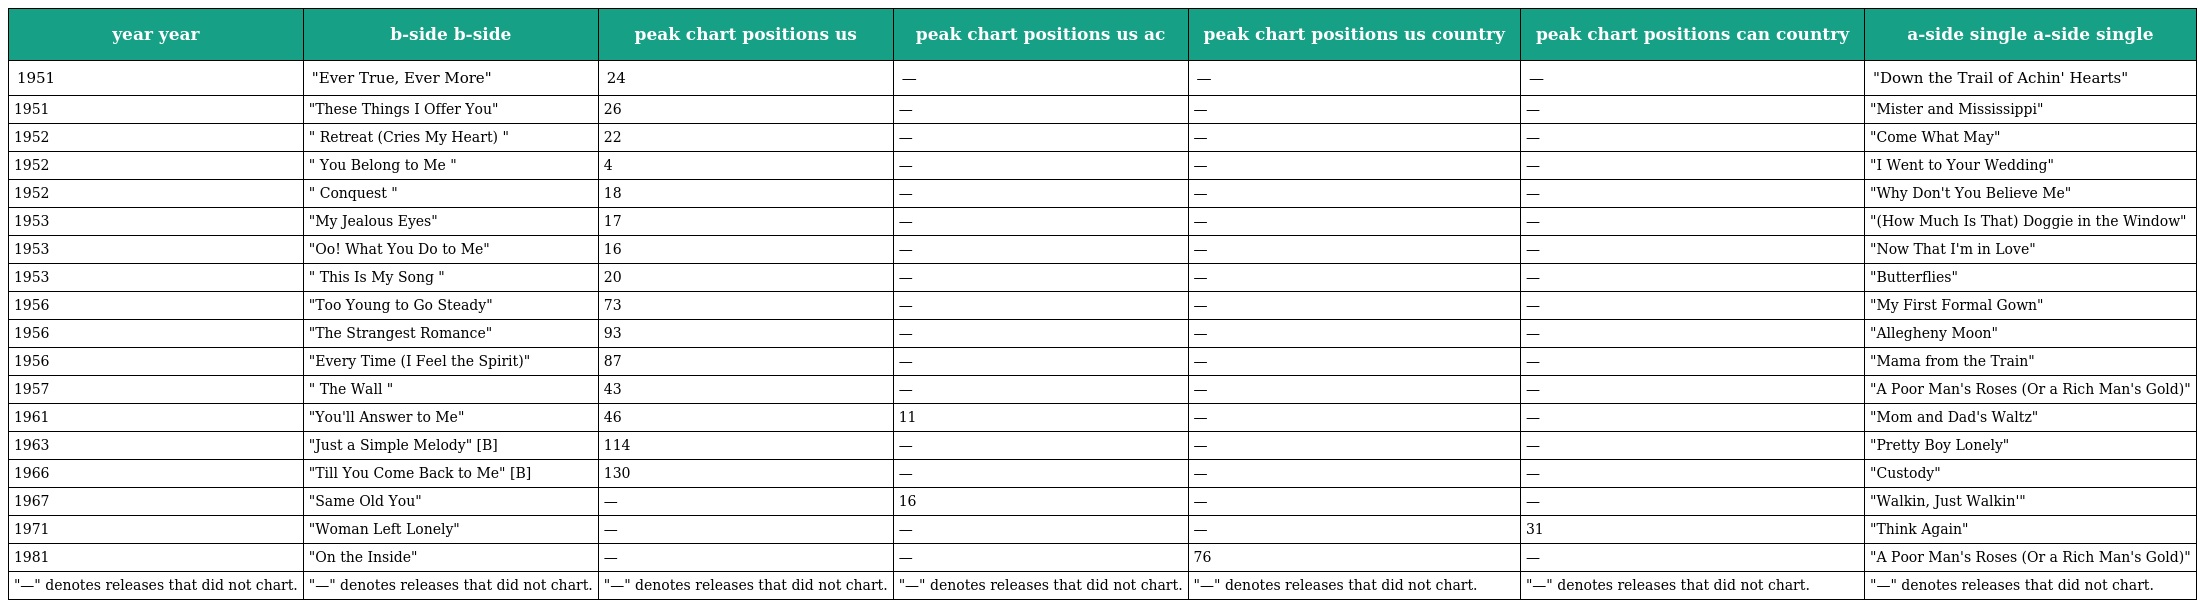
| year year | b-side b-side | peak chart positions us | peak chart positions us ac | peak chart positions us country | peak chart positions can country | a-side single a-side single |
 | --- | --- | --- | --- | --- | --- | --- |
 | 1951 | "Ever True, Ever More" | 24 | — | — | — | "Down the Trail of Achin' Hearts" |
 | 1951 | "These Things I Offer You" | 26 | — | — | — | "Mister and Mississippi" |
 | 1952 | " Retreat (Cries My Heart) " | 22 | — | — | — | "Come What May" |
 | 1952 | " You Belong to Me " | 4 | — | — | — | "I Went to Your Wedding" |
 | 1952 | " Conquest " | 18 | — | — | — | "Why Don't You Believe Me" |
 | 1953 | "My Jealous Eyes" | 17 | — | — | — | "(How Much Is That) Doggie in the Window" |
 | 1953 | "Oo! What You Do to Me" | 16 | — | — | — | "Now That I'm in Love" |
 | 1953 | " This Is My Song " | 20 | — | — | — | "Butterflies" |
 | 1956 | "Too Young to Go Steady" | 73 | — | — | — | "My First Formal Gown" |
 | 1956 | "The Strangest Romance" | 93 | — | — | — | "Allegheny Moon" |
 | 1956 | "Every Time (I Feel the Spirit)" | 87 | — | — | — | "Mama from the Train" |
 | 1957 | " The Wall " | 43 | — | — | — | "A Poor Man's Roses (Or a Rich Man's Gold)" |
 | 1961 | "You'll Answer to Me" | 46 | 11 | — | — | "Mom and Dad's Waltz" |
 | 1963 | "Just a Simple Melody" [B] | 114 | — | — | — | "Pretty Boy Lonely" |
 | 1966 | "Till You Come Back to Me" [B] | 130 | — | — | — | "Custody" |
 | 1967 | "Same Old You" | — | 16 | — | — | "Walkin, Just Walkin'" |
 | 1971 | "Woman Left Lonely" | — | — | — | 31 | "Think Again" |
 | 1981 | "On the Inside" | — | — | 76 | — | "A Poor Man's Roses (Or a Rich Man's Gold)" |
 | "—" denotes releases that did not chart. | "—" denotes releases that did not chart. | "—" denotes releases that did not chart. | "—" denotes releases that did not chart. | "—" denotes releases that did not chart. | "—" denotes releases that did not chart. | "—" denotes releases that did not chart. |